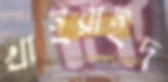
খাইরাইদ